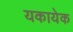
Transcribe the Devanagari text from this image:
यकायेक